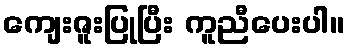
ကျေးဇူးပြုပြီး ကူညီပေးပါ။